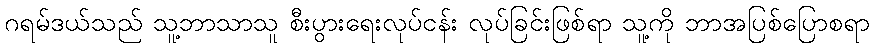
ဂရမ်ဒယ်သည် သူ့ဘာသာသူ စီးပွားရေးလုပ်ငန်း လုပ်ခြင်းဖြစ်ရာ သူ့ကို ဘာအပြစ်ပြောစရာ